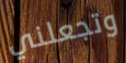
وتجعلني